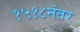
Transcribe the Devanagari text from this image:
१५१८नंतर